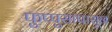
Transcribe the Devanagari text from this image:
फुप्पुसापासून